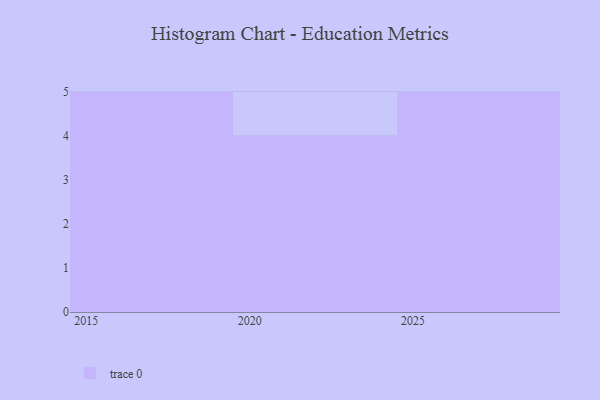
{"axis": {"x": "Year", "y": "Churn Rate (%)"}, "legend": [""], "data": [{"x": "2026", "y": 42, "type": ""}, {"x": "2016", "y": 29, "type": ""}, {"x": "2027", "y": 14, "type": ""}, {"x": "2023", "y": 32, "type": ""}, {"x": "2017", "y": 21, "type": ""}, {"x": "2028", "y": 52, "type": ""}, {"x": "2015", "y": 9, "type": ""}, {"x": "2029", "y": 34, "type": ""}, {"x": "2025", "y": 71, "type": ""}, {"x": "2020", "y": 54, "type": ""}, {"x": "2018", "y": 49, "type": ""}, {"x": "2019", "y": 51, "type": ""}, {"x": "2022", "y": 14, "type": ""}, {"x": "2024", "y": 6, "type": ""}]}